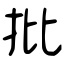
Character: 批